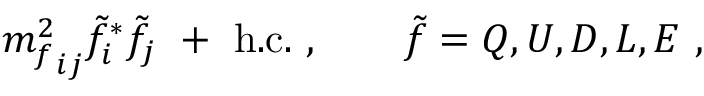
{ m _ { f } ^ { 2 } } _ { i j } \tilde { f } _ { i } ^ { * } \tilde { f } _ { j } \ + \ \mathrm { h . c . } \ , \qquad \tilde { f } = Q , U , D , L , E \ ,